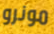
مونرو